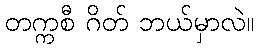
တက္ကစီ ဂိတ် ဘယ်မှာလဲ။